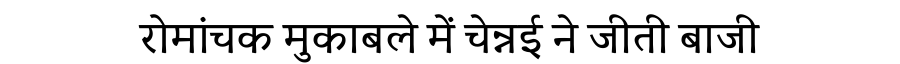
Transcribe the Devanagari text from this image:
रोमांचक मुकाबले में चेन्नई ने जीती बाजी